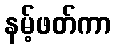
နမ့်ဖတ်ကာ